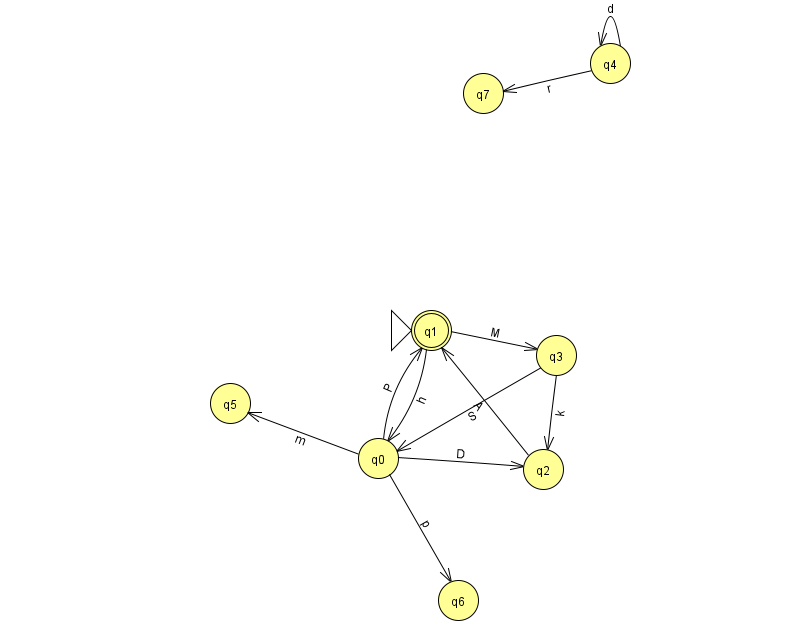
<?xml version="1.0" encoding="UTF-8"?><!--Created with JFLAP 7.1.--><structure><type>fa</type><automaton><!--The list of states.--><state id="0" name="q0"><x>378.0</x><y>445.0</y></state><state id="1" name="q1"><x>431.0</x><y>317.0</y><initial/><final/></state><state id="2" name="q2"><x>543.0</x><y>456.0</y></state><state id="3" name="q3"><x>556.0</x><y>342.0</y></state><state id="4" name="q4"><x>610.0</x><y>50.0</y></state><state id="5" name="q5"><x>230.0</x><y>390.0</y></state><state id="6" name="q6"><x>458.0</x><y>587.0</y></state><state id="7" name="q7"><x>483.0</x><y>80.0</y></state><!--The list of transitions.--><transition><from>4</from><to>4</to><read>d</read></transition><transition><from>0</from><to>5</to><read>m</read></transition><transition><from>1</from><to>0</to><read>h</read></transition><transition><from>2</from><to>1</to><read>A</read></transition><transition><from>4</from><to>7</to><read>r</read></transition><transition><from>0</from><to>6</to><read>p</read></transition><transition><from>3</from><to>2</to><read>k</read></transition><transition><from>0</from><to>1</to><read>P</read></transition><transition><from>0</from><to>2</to><read>D</read></transition><transition><from>3</from><to>0</to><read>S</read></transition><transition><from>1</from><to>3</to><read>M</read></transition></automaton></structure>